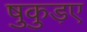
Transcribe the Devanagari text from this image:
षुकुड़ए